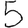
Digit: 5